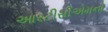
આરટીસીએમનો